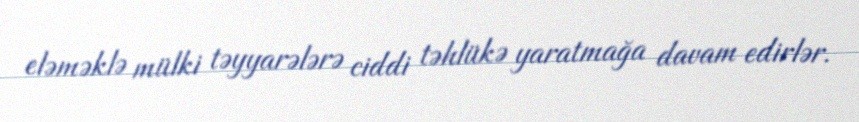
eləməklə mülki təyyarələrə ciddi təhlükə yaratmağa davam edirlər.